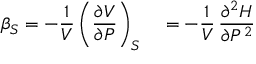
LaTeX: \beta _ { S } = - { \frac { 1 } { V } } \left( { \frac { \partial V } { \partial P } } \right) _ { S } \quad = - { \frac { 1 } { V } } \, { \frac { \partial ^ { 2 } H } { \partial P ^ { 2 } } }